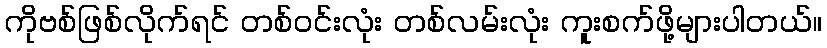
ကိုဗစ်ဖြစ်လိုက်ရင် တစ်ဝင်းလုံး တစ်လမ်းလုံး ကူးစက်ဖို့များပါတယ်။